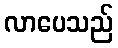
လာပေသည်